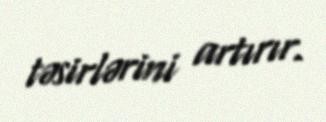
təsirlərini artırır.